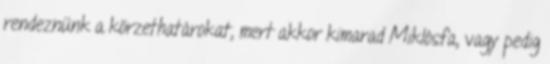
rendeznünk a körzethatárokat, mert akkor kimarad Miklósfa, vagy pedig